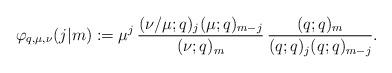
LaTeX: \begin{align*}\varphi_{q,\mu,\nu}(j|m) := \mu^j\, \frac{(\nu/\mu;q)_j (\mu;q)_{m-j}}{(\nu;q)_m}\, \frac{(q;q)_m}{(q;q)_{j}(q;q)_{m-j}}.\end{align*}